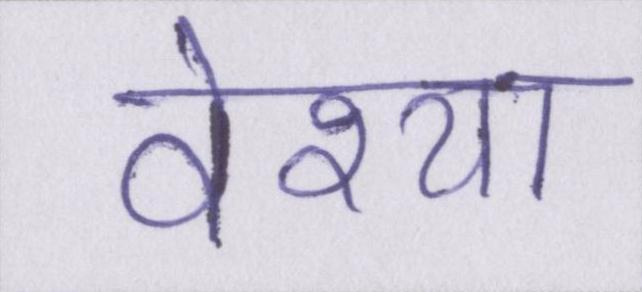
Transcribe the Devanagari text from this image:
वेश्या